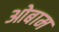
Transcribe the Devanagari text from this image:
ओबाम